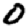
Digit: 0